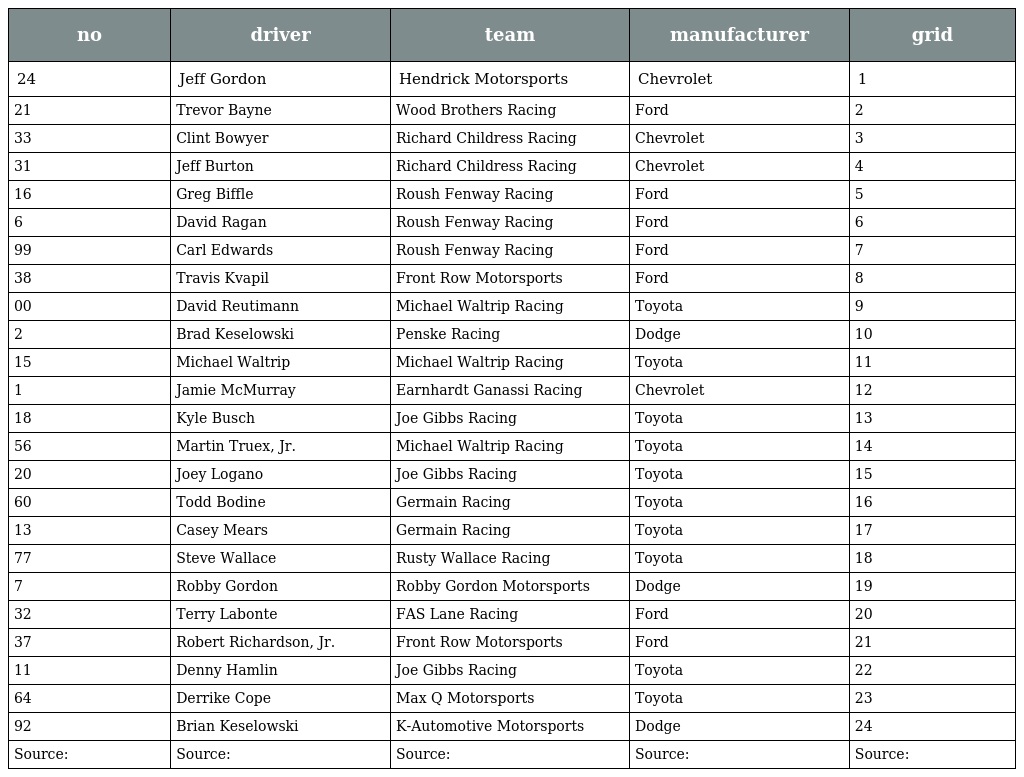
| no | driver | team | manufacturer | grid |
 | --- | --- | --- | --- | --- |
 | 24 | Jeff Gordon | Hendrick Motorsports | Chevrolet | 1 |
 | 21 | Trevor Bayne | Wood Brothers Racing | Ford | 2 |
 | 33 | Clint Bowyer | Richard Childress Racing | Chevrolet | 3 |
 | 31 | Jeff Burton | Richard Childress Racing | Chevrolet | 4 |
 | 16 | Greg Biffle | Roush Fenway Racing | Ford | 5 |
 | 6 | David Ragan | Roush Fenway Racing | Ford | 6 |
 | 99 | Carl Edwards | Roush Fenway Racing | Ford | 7 |
 | 38 | Travis Kvapil | Front Row Motorsports | Ford | 8 |
 | 00 | David Reutimann | Michael Waltrip Racing | Toyota | 9 |
 | 2 | Brad Keselowski | Penske Racing | Dodge | 10 |
 | 15 | Michael Waltrip | Michael Waltrip Racing | Toyota | 11 |
 | 1 | Jamie McMurray | Earnhardt Ganassi Racing | Chevrolet | 12 |
 | 18 | Kyle Busch | Joe Gibbs Racing | Toyota | 13 |
 | 56 | Martin Truex, Jr. | Michael Waltrip Racing | Toyota | 14 |
 | 20 | Joey Logano | Joe Gibbs Racing | Toyota | 15 |
 | 60 | Todd Bodine | Germain Racing | Toyota | 16 |
 | 13 | Casey Mears | Germain Racing | Toyota | 17 |
 | 77 | Steve Wallace | Rusty Wallace Racing | Toyota | 18 |
 | 7 | Robby Gordon | Robby Gordon Motorsports | Dodge | 19 |
 | 32 | Terry Labonte | FAS Lane Racing | Ford | 20 |
 | 37 | Robert Richardson, Jr. | Front Row Motorsports | Ford | 21 |
 | 11 | Denny Hamlin | Joe Gibbs Racing | Toyota | 22 |
 | 64 | Derrike Cope | Max Q Motorsports | Toyota | 23 |
 | 92 | Brian Keselowski | K-Automotive Motorsports | Dodge | 24 |
 | Source: | Source: | Source: | Source: | Source: |